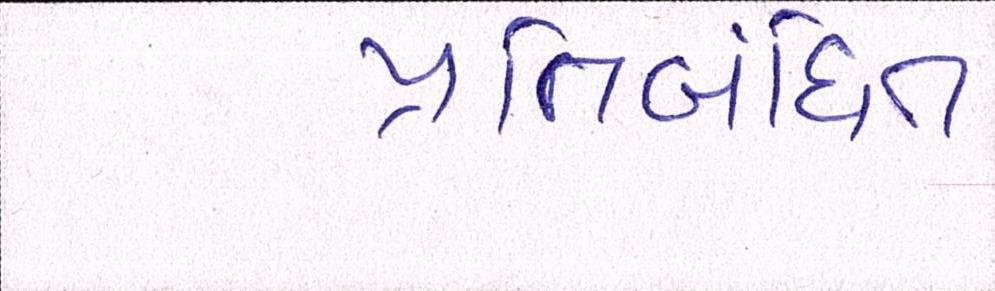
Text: પ્રતિબંધિત